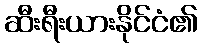
ဆီးရီးယားနိုင်ငံ၏